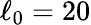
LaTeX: \ell_{0}=20